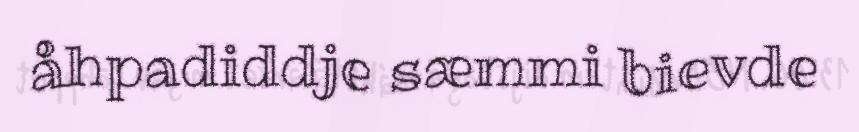
åhpadiddje sæmmi bievde